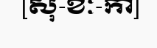
[សុ-ខៈ-កា]